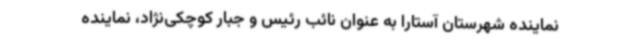
نماینده شهرستان آستارا به عنوان نائب رئیس و جبار کوچکی‌نژاد، نماینده